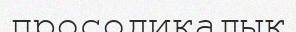
просодикалық